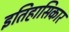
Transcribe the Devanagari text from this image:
इतिहासिकार